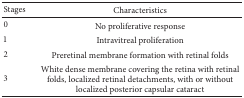
| Stages | Characteristics |
 | --- | --- |
 | 0 | No proliferative response |
 | 1 | Intravitreal proliferation |
 | 2 | Preretinal membrane formation with retinal folds |
 | 3 | White dense membrane covering the retina with retinal folds, localized retinal detachments, with or without localized posterior capsular cataract |